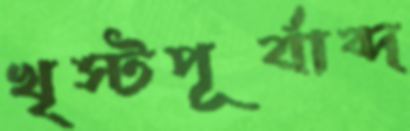
খৃস্টপূর্বাব্দ